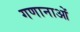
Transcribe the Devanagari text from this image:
गणानाओं